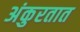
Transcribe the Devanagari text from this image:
अंकुरतात